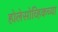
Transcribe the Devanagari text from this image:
होलेसोव्हिकच्या